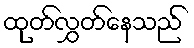
ထုတ်လွှတ်နေသည်